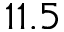
1 1 . 5